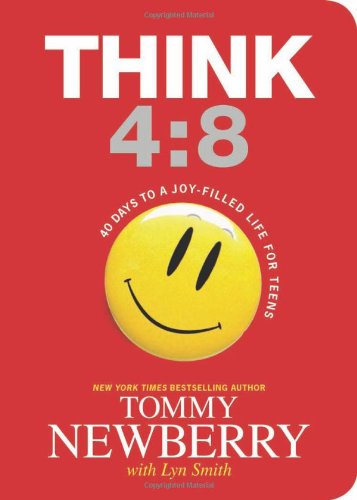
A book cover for Think 4:8: 40 Days to a Joy-Filled Life for Teens; Tommy Newberry; Christian Books & Bibles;